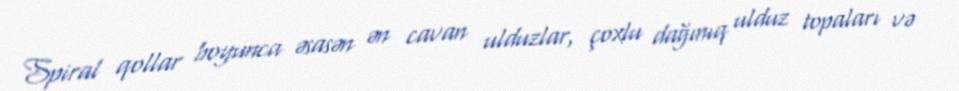
Spiral qollar boyunca əsasən ən cavan ulduzlar, çoxlu dağınıq ulduz topaları və